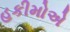
હકીમોએ